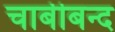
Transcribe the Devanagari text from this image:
चाबीबन्द